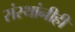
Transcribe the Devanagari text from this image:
संस्थांनीही